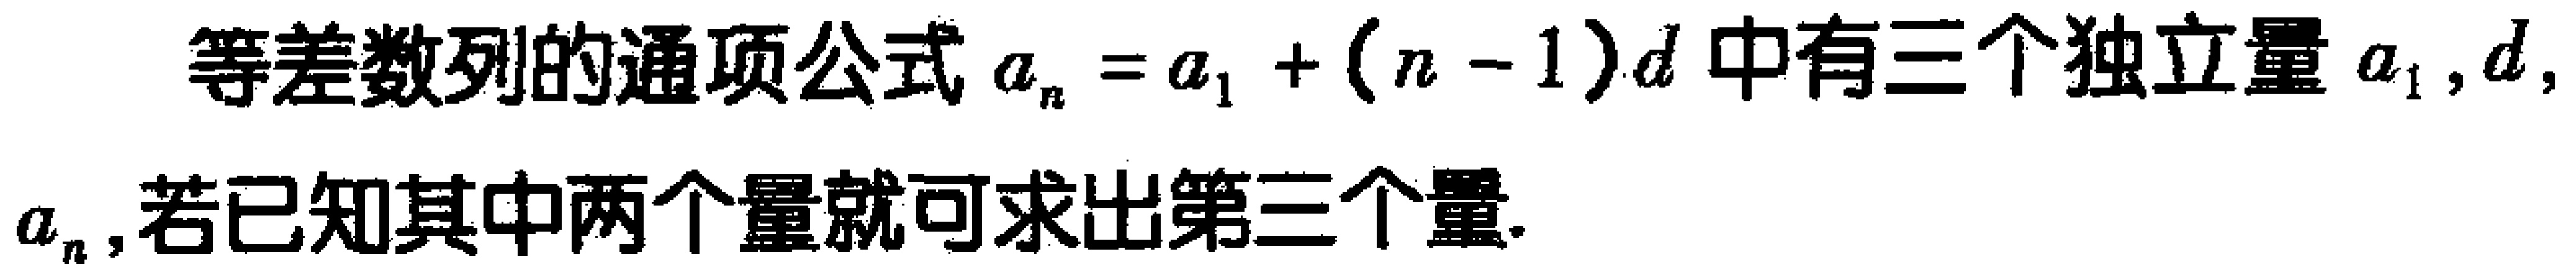
等差数列的通项公式\(a_{n}=a_{1}+(n - 1)d\)中有三个独立量\(a_{1},d,a_{n}\)，若已知其中两个量就可求出第三个量.